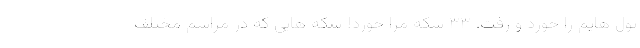
پول هایم را خورد و رفت. ۳۳ سکه مرا خورد! سکه هایی که در مراسم مختلف